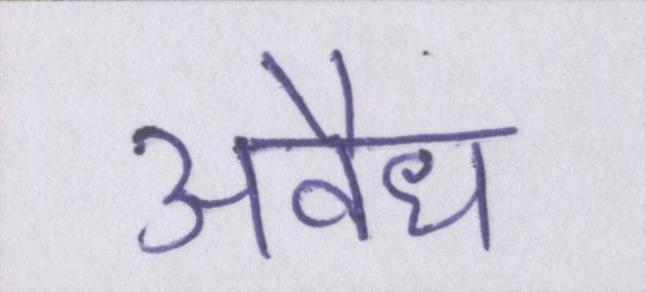
अवैध